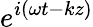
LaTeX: e^{i(\omega t-kz)}